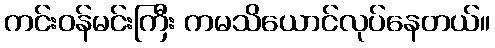
ကင်းဝန်မင်းကြီး ကမသိယောင်လုပ်နေတယ်။